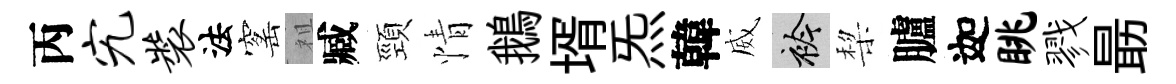
丙究装法窰祖臧頸情鵝壻炁韓威衿棃臚迦眺戮朂